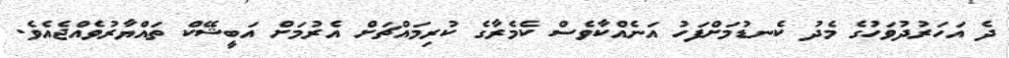
ދެ އަހަރުދުވަހުގެ މެދު ކެނޑުމަށްފަހު އަނެއްކާވެސް ކެމެރާގެ ކުރިމައްޗަށް އެރުމަށް އަބީޝޭކް ތައްޔާރުވެއްޖެއެވެ.